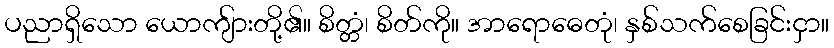
ပညာရှိသော ယောကျ်ားတို့၏။ စိတ္တံ၊ စိတ်ကို။ အာရောဓေတုံ၊ နှစ်သက်စေခြင်းငှာ။